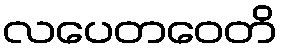
လပေတဝေတိ